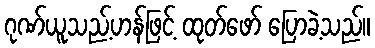
ဂုဏ်ယူသည့်ဟန်ဖြင့် ထုတ်ဖော် ပြောခဲ့သည်။